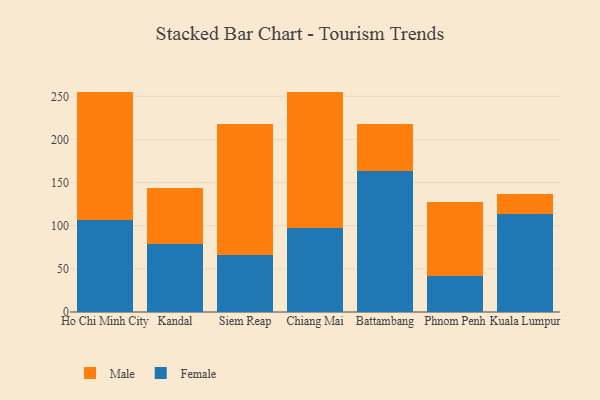
{"axis": {"x": "City", "y": "Tickets Resolved"}, "legend": ["Female", "Male"], "data": [{"x": "Ho Chi Minh City", "y": 106.7, "type": "Female"}, {"x": "Ho Chi Minh City", "y": 148.8, "type": "Male"}, {"x": "Kandal", "y": 78.9, "type": "Female"}, {"x": "Kandal", "y": 65.4, "type": "Male"}, {"x": "Siem Reap", "y": 65.8, "type": "Female"}, {"x": "Siem Reap", "y": 152.6, "type": "Male"}, {"x": "Chiang Mai", "y": 97.2, "type": "Female"}, {"x": "Chiang Mai", "y": 157.5, "type": "Male"}, {"x": "Battambang", "y": 164.0, "type": "Female"}, {"x": "Battambang", "y": 54.4, "type": "Male"}, {"x": "Phnom Penh", "y": 41.4, "type": "Female"}, {"x": "Phnom Penh", "y": 86.2, "type": "Male"}, {"x": "Kuala Lumpur", "y": 114.0, "type": "Female"}, {"x": "Kuala Lumpur", "y": 22.8, "type": "Male"}]}